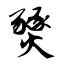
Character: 燹